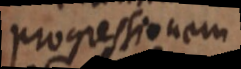
progressio nam